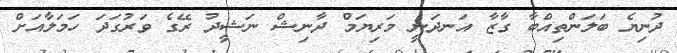
ދުނިޔެ ބަލަންތިއްބާ ގާޒާ އަނދަނީ މަރިޔަމް ދާނިޝް ނަޝީދު ރޭގެ ވަރުގަދަ ހަމަލާއަށް